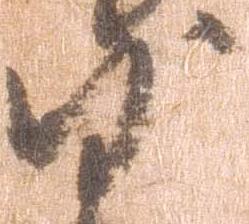
沙